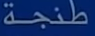
طنجة